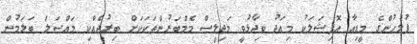
ފުލުހުންގެ މީޑިއާ އޮފިޝަލަކު މިއަދު ވިދާޅުވީ މަޖިލީސް މެމްބަރުންތަކަކަށް ބިރުދެއްކި މައްސަލަ ބަލަމުން